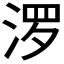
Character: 𪶒